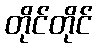
တိုင်တိုင်